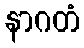
နာဂတံ